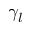
\gamma _ { l }